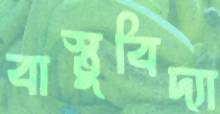
বাস্তুবিদ্যা